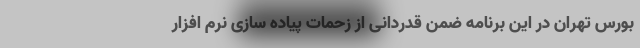
بورس تهران در این برنامه ضمن قدردانی از زحمات پیاده سازی نرم افزار